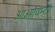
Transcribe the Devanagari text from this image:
आओयिम्टी